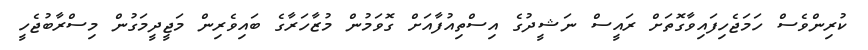
ކުރިންވެސް ހަމަޖެހިފައިވާގޮތަށް ރައީސް ނަޝީދުގެ އިސްތިއުފާއަށް ގޮވަމުން މުޒާހަރާގެ ބައިވެރިން މަޖީދީމަގުން މިސްރާބުޖެހީ